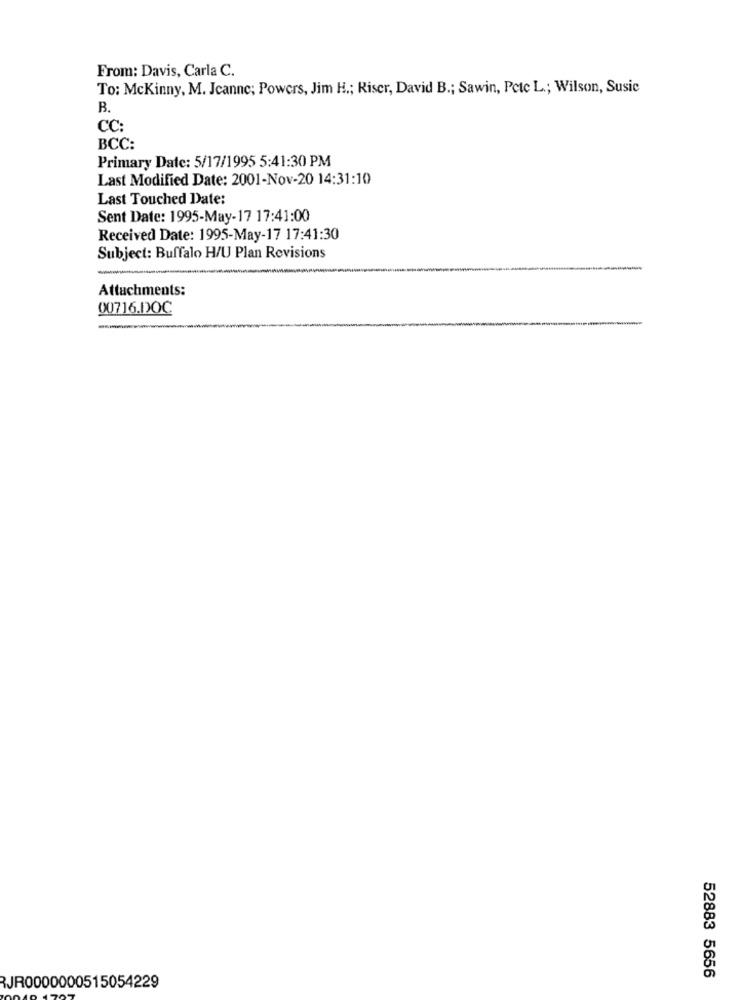
From: Davis, Carla C.
To: McKinny, M. Jeanne; Powers, Jim H .; Riser, David B .; Sawin, Pete L .; Wilson, Susic
B.
CC:
BCC:
Primary Date: 5/17/1995 5:41:30 PM
Last Modified Date: 2001-Nov-20 14:31:10
Last Touched Date:
Sent Date: 1995-May-17 17:41:00
Received Date: 1995-May-17 17:41:30
Subject: Buffalo H/U Plan Revisions
Attachments:
00716.DOC
52883 5656
RJR0000000515054229